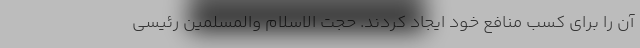
آن را برای کسب منافع خود ایجاد کردند. حجت الاسلام والمسلمین رئیسی